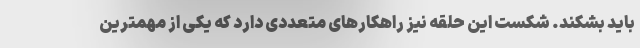
باید بشکند. شکست این حلقه نیز راهکارهای متعددی دارد که یکی از مهمترین